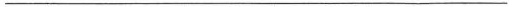
___